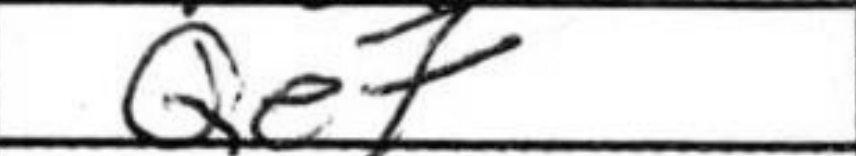
Transcription: Qe7